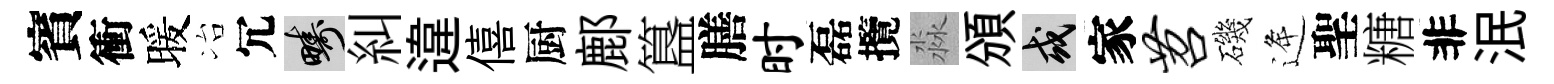
賓衝暖冶冗疇糾違僖厨鄜簋膳时磊攬淼頒或家苕磯逄聖糖非泯